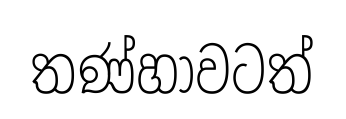
තණ්හාවටත්